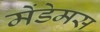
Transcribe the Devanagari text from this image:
मेंडेमस